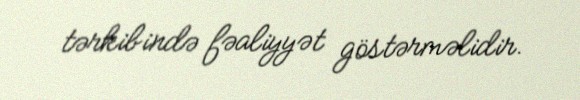
tərkibində fəaliyyət göstərməlidir.